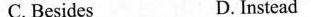
C. Besides D. Instead